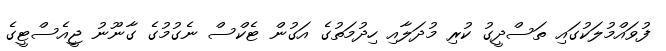
ފުވައްމުލަކުގައި ތަސްދީގު ކުރި މުދަލާއި ހިދުމަތުގެ އަގުން ޓެކްސް ނެގުމުގެ ގާނޫނު ޖީއެސްޓީގެ